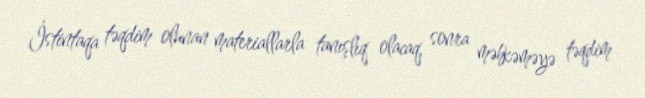
İstintaqa təqdim olunan materiallarla tanışlıq olacaq, sonra məhkəməyə təqdim